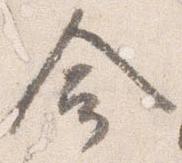
命